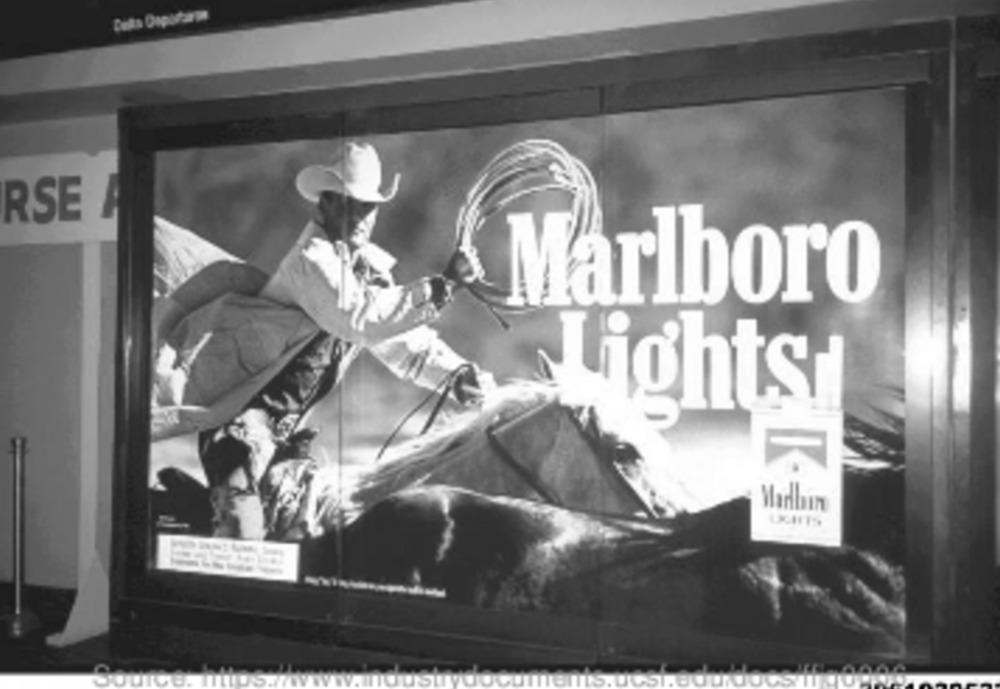
RSE
Marlboro
Lights
Marbin
UGHTS
TOITIS.U